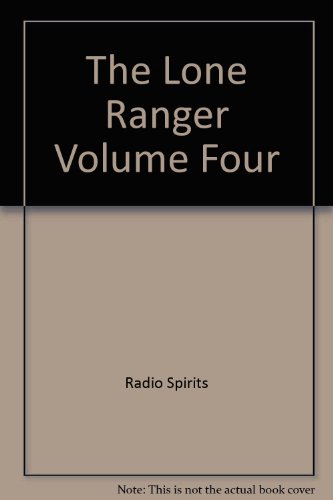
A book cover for The Lone Ranger Volume Four; Radio Spirits; Humor & Entertainment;